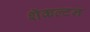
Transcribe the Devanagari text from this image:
शॅकल्टन